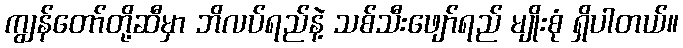
ကျွန်တော်တို့ဆီမှာ ဘိလပ်ရည်နဲ့ သစ်သီးဖျော်ရည် မျိုးစုံ ရှိပါတယ်။